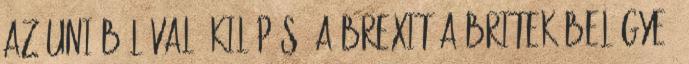
az unióból való kilépés, a Brexit a britek belügye,